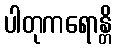
ပါတုကရောန္တိ